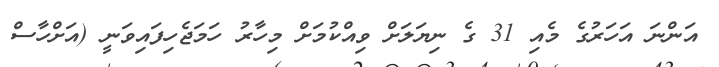
އަންނަ އަހަރުގެ މެއި 31 ގެ ނިޔަލަށް ވިއްކުމަށް މިހާރު ހަމަޖެހިފައިވަނީ (އަށްހާސް